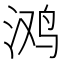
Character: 𭰥